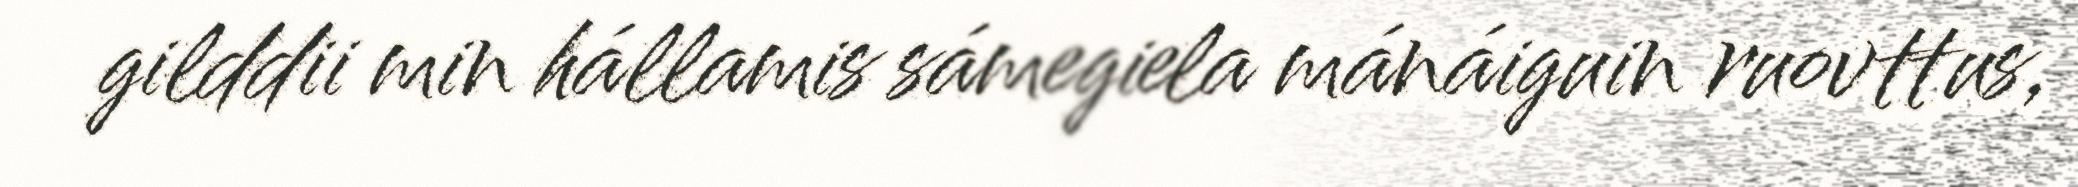
gilddii min hállamis sámegiela mánáiguin ruovttus,